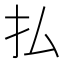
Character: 払